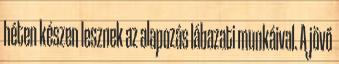
héten készen lesznek az alapozás lábazati munkáival. A jövő